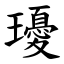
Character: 瓇